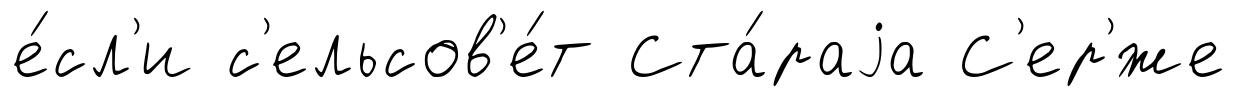
е́сл'и с'ельсов'е́т Ста́раjа С'ер'́же